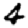
Digit: 4